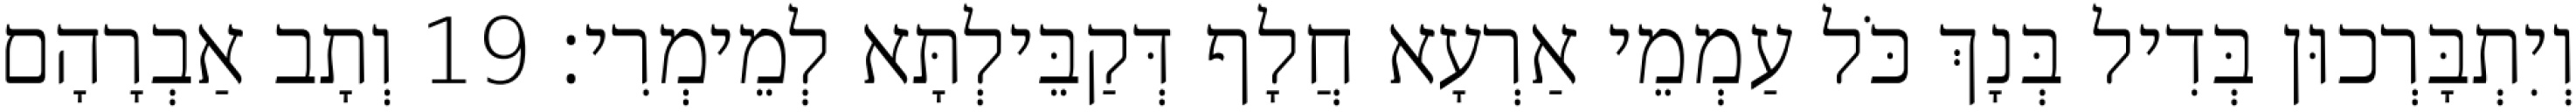
וְיִתְבָּרְכוּן בְּדִיל בְּנָךְ כֹּל עַמְמֵי אַרְעָא חֲלָף דְּקַבֵּילְתָּא לְמֵימְרִי׃ 19 וְתָב אַבְרָהָם